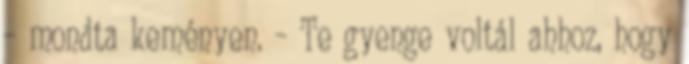
– mondta keményen. – Te gyenge voltál ahhoz, hogy